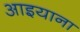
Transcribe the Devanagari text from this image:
आइयाना